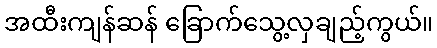
အထီးကျန်ဆန် ခြောက်သွေ့လှချည့်ကွယ်။